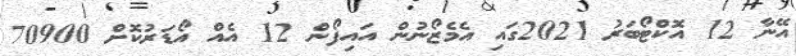
އޭނާ 12 އޮކްޓޯބަރު 2021ގައި އެމެޒޯނުން އައިފޯން 12 އެއް އޯޑަރުކޮށް 70900